Annual report on the mental hospital in the Central Provinces and Berar (Nagpur) - 1927-1951
Year: 1927
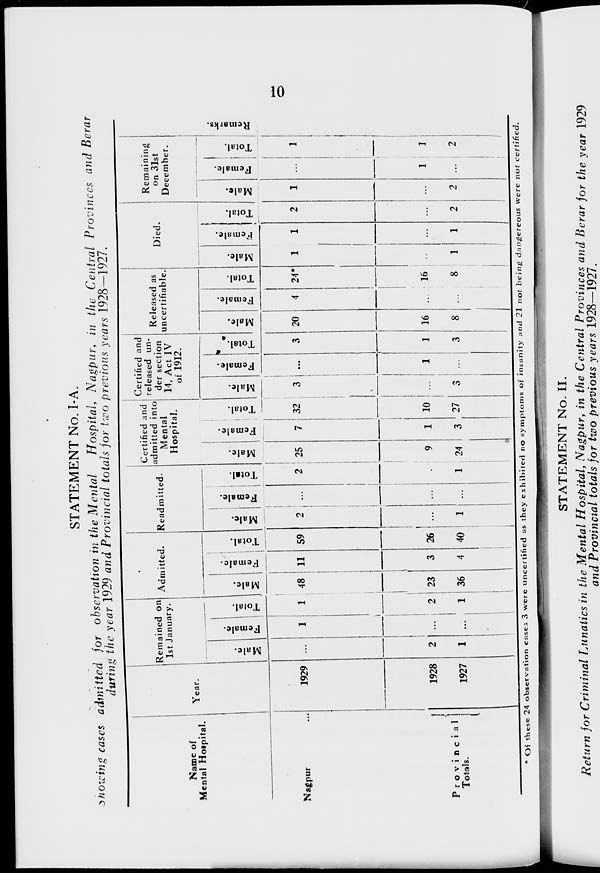
10
STATEMENT No. I-A.
Showing cases admitted for observation in the Mental
Hospital, Nagpur, in the Central Provinces and Berar
during the year 1929 and Provincial totals for two previous years 1928—1927.
Name of
Mental Hospital.
Nagpur ...
Provincial
Totals.
Year.
1929
1928
1927
Remained on
1st January.
Male.
...
2
1
Female.
1
...
...
Total.
1
2
1
Admitted.
Male.
48
23
36
Female.
11
3
4
Total.
59
26
40
Readmitted.
Male.
2
...
1
Female.
...
...
...
Total.
2
...
1
Certified and
admitted into
Mental
Hospital.
Male.
25
9
24
Female.
7
1
3
Total.
32
10
27
Certified and
released un-
der section
14, Act IV
of 1912.
Male.
3
...
3
Female.
...
1
...
Total.
3
1
3
Released as
uncertifiable.
Male.
20
16
8
Female.
4
...
...
Total.
24*
16
8
Died.
Male.
1
...
1
Female.
1
...
1
Total.
2
...
2
Remaining
on 31st
December.
Male.
1
...
2
Female.
...
1
...
Total.
1
1
2
Re ma r
ks .
* Of these 24 observation cases 3 were uncertified as they exhibited no symptoms of insanity and 21 not being dangereous were not certified.